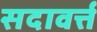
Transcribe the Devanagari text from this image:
सदावर्त्त